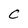
Character: C